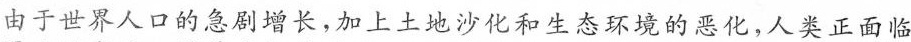
由于世界人口的急剧增长，加上土地沙化和生态环境的恶化，人类正面临